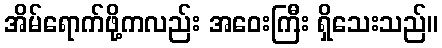
အိမ်ရောက်ဖို့ကလည်း အဝေးကြီး ရှိသေးသည်။